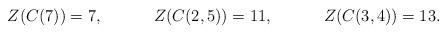
LaTeX: \begin{align*} Z(C(7))&=7,& Z(C(2,5))&=11,& Z(C(3,4))&=13. \end{align*}